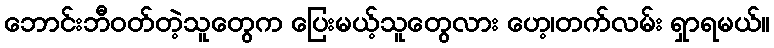
ဘောင်းဘီဝတ်တဲ့သူတွေက ပြေးမယ့်သူတွေလား ဟေ့၊တက်လမ်း ရှာရမယ်။